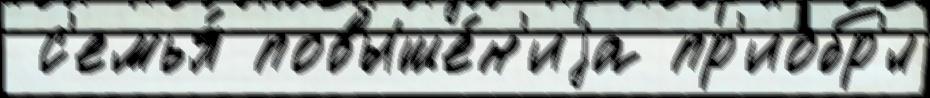
 с'емья́ повыше́н'иjа пр'иобр'́л